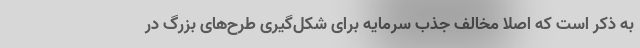
به ذکر است که اصلا مخالف جذب سرمایه برای شکل‌گیری طرح‌های بزرگ در